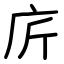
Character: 庍